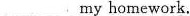
___ my homework.